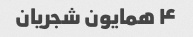
۴ همایون شجریان